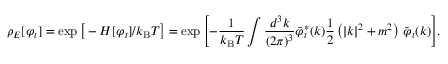
\rho _ { E } [ \varphi _ { t } ] = \exp { \big [ } - H [ \varphi _ { t } ] / k _ { \mathrm { B } } T { \big ] } = \exp { \left[ - { \frac { 1 } { k _ { \mathrm { B } } T } } \int { \frac { d ^ { 3 } k } { ( 2 \pi ) ^ { 3 } } } { \tilde { \varphi } } _ { t } ^ { * } ( k ) { \frac { 1 } { 2 } } \left( | k | ^ { 2 } + m ^ { 2 } \right) \, { \tilde { \varphi } } _ { t } ( k ) \right] } .